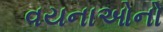
વયનાઓનો